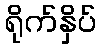
ရိုက်နှိပ်